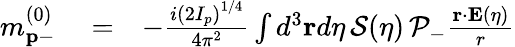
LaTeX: \begin{array}{rlr}{m_{\mathbf{p}-}^{(0)}}&{{}=}&{-\frac{i\left(2I_{p}\right)^{1/4}}{4\pi^{2}}\int d^{3}\mathbf{r}d\eta\, {\cal S}(\eta)\, {\cal P}_{-}\frac{\mathbf{r}\cdot\mathbf{E}(\eta)}{r}}\end{array}